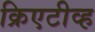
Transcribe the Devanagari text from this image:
क्रिएटीव्ह